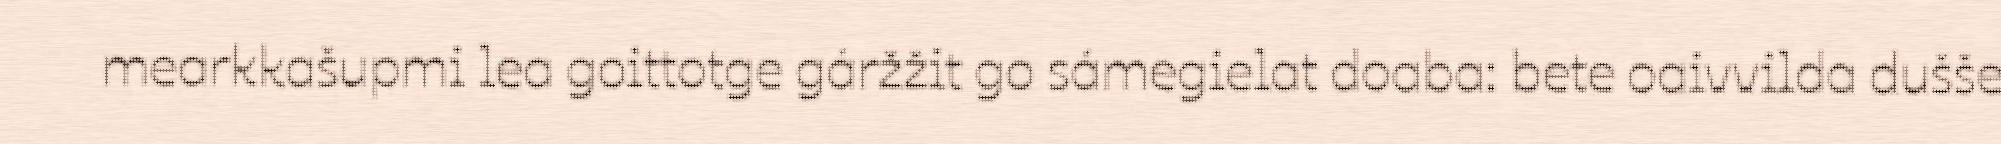
mearkkašupmi lea goittotge gáržžit go sámegielat doaba: bete oaivvilda dušše